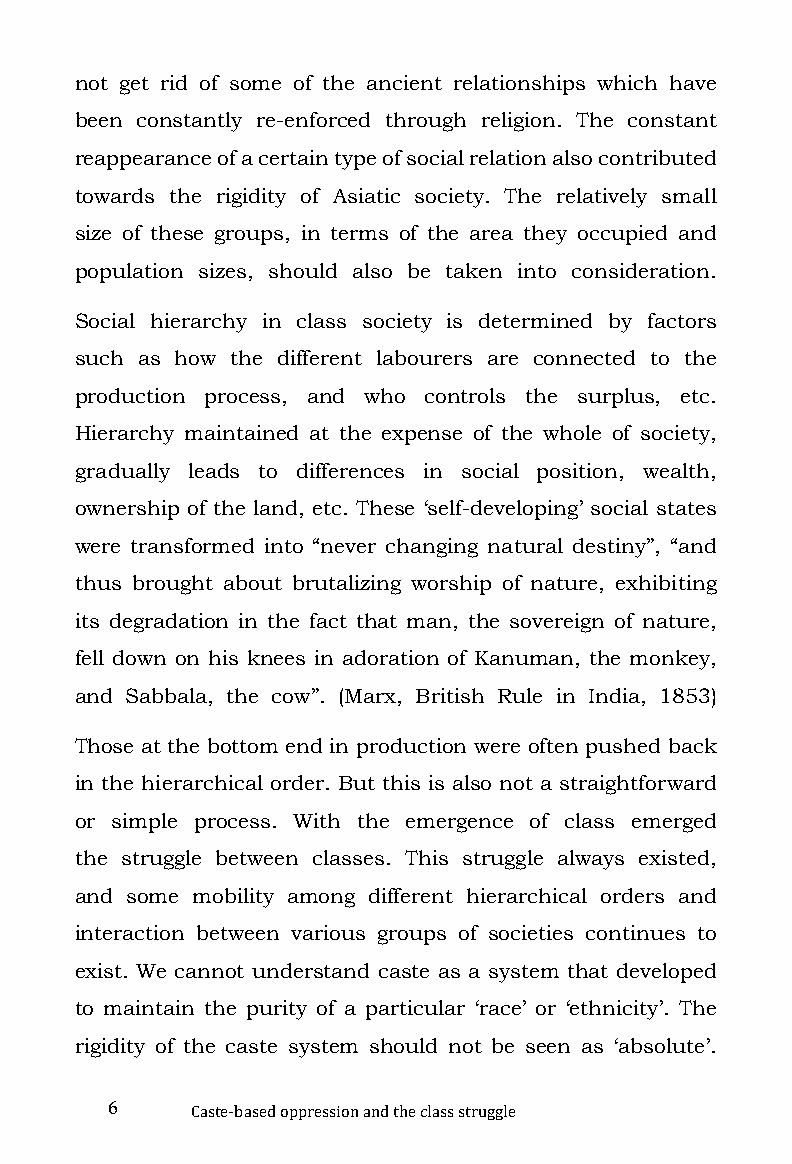
not get rid of some of the ancient relationships which have
 been constantly re-enforced through religion. The constant
 reappearance of a certain type of social relation also contributed
 towards the rigidity of Asiatic society. The relatively small
 size of these groups, in terms of the area they occupied and
 population sizes, should also be taken into consideration.
 Social hierarchy in class society is determined by factors
 such as how the different labourers are connected to the
 production process, and who controls the surplus, etc.
 Hierarchy maintained at the expense of the whole of society,
 gradually leads to differences in social position, wealth,
 ownership of the land, etc. These ‘self-developing’ social states
 were transformed into “never changing natural destiny”, “and
 thus brought about brutalizing worship of nature, exhibiting
 its degradation in the fact that man, the sovereign of nature,
 fell down on his knees in adoration of Kanuman, the monkey,
 and Sabbala, the cow”. (Marx, British Rule in India, 1853)
 Those at the bottom end in production were often pushed back
 in the hierarchical order. But this is also not a straightforward
 or simple process. With the emergence of class emerged
 the struggle between classes. This struggle always existed,
 and some mobility among different hierarchical orders and
 interaction between various groups of societies continues to
 exist. We cannot understand caste as a system that developed
 to maintain the purity of a particular ‘race’ or ‘ethnicity’. The
 rigidity of the caste system should not be seen as ‘absolute’.
 6
 Caste-based oppression and the class struggle